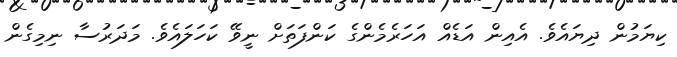
ކިޔަމުން ދިޔައެވެ. އެއިން އަޑެއް އަހަރެމެންގެ ކަންފަތަށް ނީވޭ ކަހަލައެވެ. މަދަރުސާ ނިމިގެން